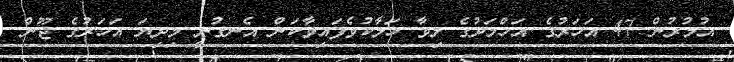
އުމުރުން 47 އަހަރުގެ އަހްމަދުގެ ލިވާ ހަލާކުވެފައިވާކަން އެނގުނީ މިދިޔަ އަހަރުގެ ޖޫން